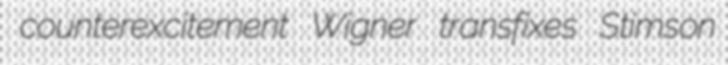
counterexcitement Wigner transfixes Stimson